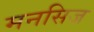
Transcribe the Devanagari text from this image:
मनसिज